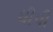
ધીપી